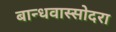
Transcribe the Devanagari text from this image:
बान्धवास्सोदरा